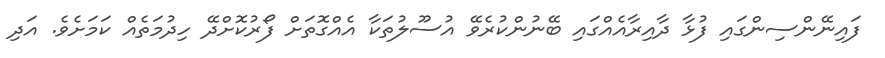
ފައިނޭންސިންގައި ފުޅާ ދާއިރާއެއްގައި ބޭނުންކުރެވޭ އުސޫލުތަކާ އެއްގޮތަށް ފޯރުކޮށްދޭ ހިދުމަތެއް ކަމަށެވެ. އަދި